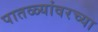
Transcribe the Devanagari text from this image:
पातळ्यांवरच्या